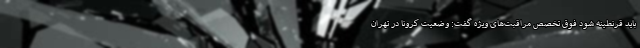
باید قرنطینه شود فوق تخصص مراقبت‌های ویژه گفت: وضعیت کرونا در تهران